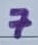
Text: 7